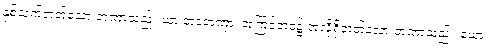
နှစ်သက်တတ်သော တဏှာသည်။ ယာ ဘဝတဏှာ၊ အကြင်ဘဝ၌ အလိုရှိတတ်သော တဏှာသည်။ ယော